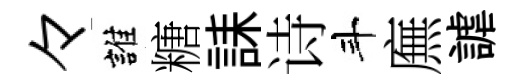
々誰糖誄诗斗廡謔